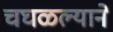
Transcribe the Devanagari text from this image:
चघळल्याने